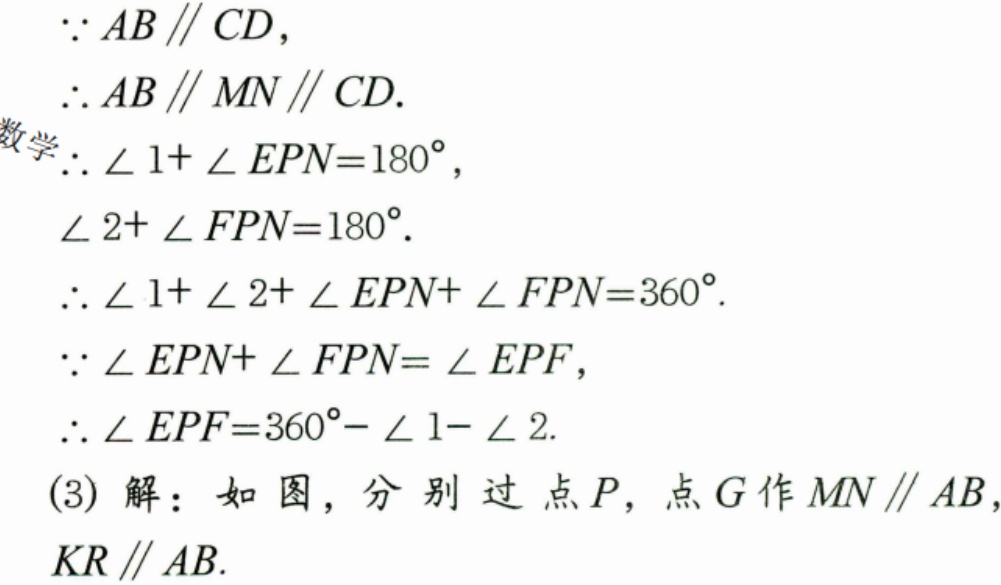
$\because AB\parallel CD,$
$\therefore AB\parallel MN\parallel CD.$
$\therefore \angle 1 + \angle EPN = 180^{\circ},$
$\angle 2+\angle FPN = 180^{\circ}.$
$\therefore \angle 1+\angle 2+\angle EPN+\angle FPN = 360^{\circ}.$
$\because \angle EPN+\angle FPN=\angle EPF,$
$\therefore \angle EPF = 360^{\circ}-\angle 1-\angle 2.$
(3) 解：如图，分别过点$P$，点$G$作$MN\parallel AB$，
$KR\parallel AB.$